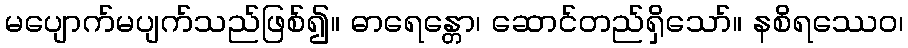
မပျောက်မပျက်သည်ဖြစ်၍။ ဓာရေန္တော၊ ဆောင်တည်ရှိသော်။ နစိရဿေဝ၊